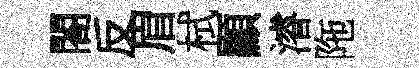
閤反眉栻顯濬陁